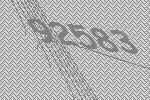
92583